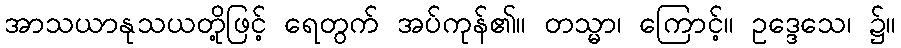
အာသယာနုသယတို့ဖြင့် ရေတွက် အပ်ကုန်၏။ တသ္မာ၊ ကြောင့်။ ဥဒ္ဒေသေ၊ ၌။